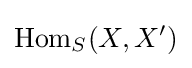
\mathrm {Hom} _{S}(X,X')